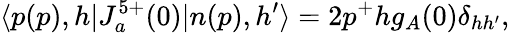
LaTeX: \langle p(p),h|J_{a}^{5+}(0)|n(p),h^{\prime}\rangle=2p^{+}hg_{A}(0)\delta_{hh^{\prime}},